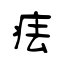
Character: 㾀